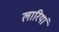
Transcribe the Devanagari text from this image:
लारियां